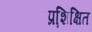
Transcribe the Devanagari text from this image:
प्रशि़क्षित